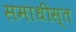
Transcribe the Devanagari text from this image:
समाधीस्त